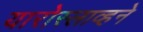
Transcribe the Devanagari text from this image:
यारोस्लाव्हने